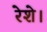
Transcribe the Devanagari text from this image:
रेशे।